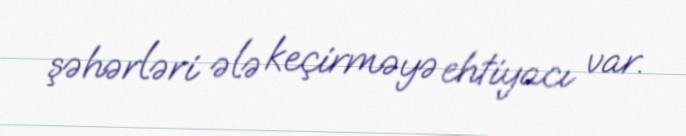
şəhərləri ələ keçirməyə ehtiyacı var.